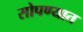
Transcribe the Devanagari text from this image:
सोपण्यात